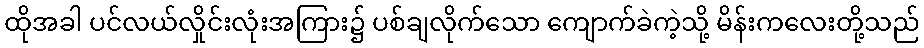
ထိုအခါ ပင်လယ်လှိုင်းလုံးအကြား၌ ပစ်ချလိုက်သော ကျောက်ခဲကဲ့သို့ မိန်းကလေးတို့သည်